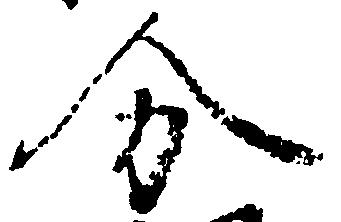
分